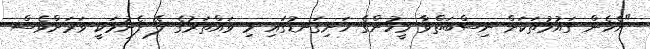
"އެހެން ގައުމުތަކަށް ނިސްބަތްވާ މީހުންގެ ހަށިގަނޑުގައި މި ވައްތަރުގެ ލޭ ފެނުމަކީ ވަރަށްވެސް